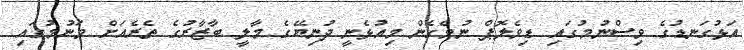
އަޅުގަނޑުގެ ވިސްނުމުގައި ޑިވެލޮޕް ނުވެގެން މިއުޅެނީ ދުނިޔޭގެ މާލީ ބާޒާރުގެ ތެރެއަށް ވަނުމުގައި